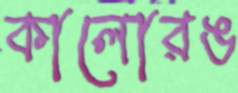
কালোরঙ